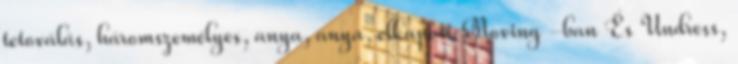
tetoválás, háromszemélyes, anya, anya, elkapott Moving -ban És Undress,